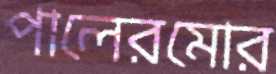
পালেরমোর